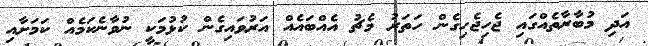
އަދި މުބާރާތެއްގައި ޖެހިޖެހިގެން ހަތަރު މެޗު އެއްބައެއް އަރުވައިގެން ކުޅުމަކީ ނުވާނެކަމެއް ކަމަށާއި